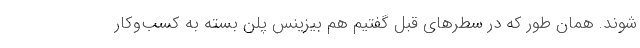
شوند. همان طور که در سطرهای قبل گفتیم هم بیزینس پلن بسته به کسب‌وکار